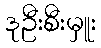
ဒုဦးစီးမှူး